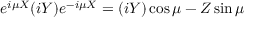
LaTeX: e ^ { i \mu X } ( i Y ) e ^ { - i \mu X } = ( i Y ) \cos \mu - Z \sin \mu